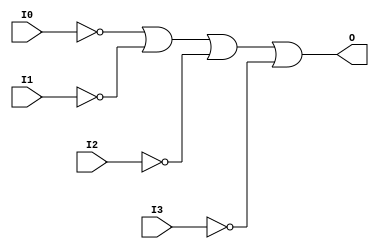
module OR4B4 (O, I0, I1, I2, I3);

    output O;

    input  I0, I1, I2, I3;

    wire i0_inv;
    wire i1_inv;
    wire i2_inv;
    wire i3_inv;

    not N3 (i3_inv, I3);
    not N2 (i2_inv, I2);
    not N1 (i1_inv, I1);
    not N0 (i0_inv, I0);
    or O1 (O, i0_inv, i1_inv, i2_inv, i3_inv);


endmodule